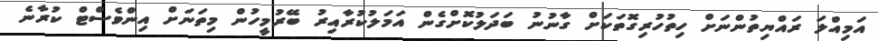
އަމިއްލަ ރައްޔިތުންނަށް ހިތުހުރިގޮތަކަށް ގާނުނު ބަދަލުކޮށްގެން އަމަލުކުރާއިރު ބޭރުމީހުން މިތަނަށް އިންވެސްޓް ކުރާނެ